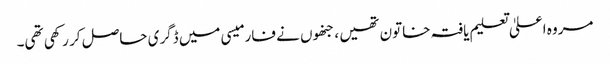
مروہ اعلیٰ تعلیم یافتہ خاتون تھیں ، جنھوں نے فارمیسی میں ڈگری حاصل کر رکھی تھی۔